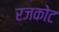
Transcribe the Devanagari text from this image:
रजकोट